Veterinary [1909] -
Year: 1909
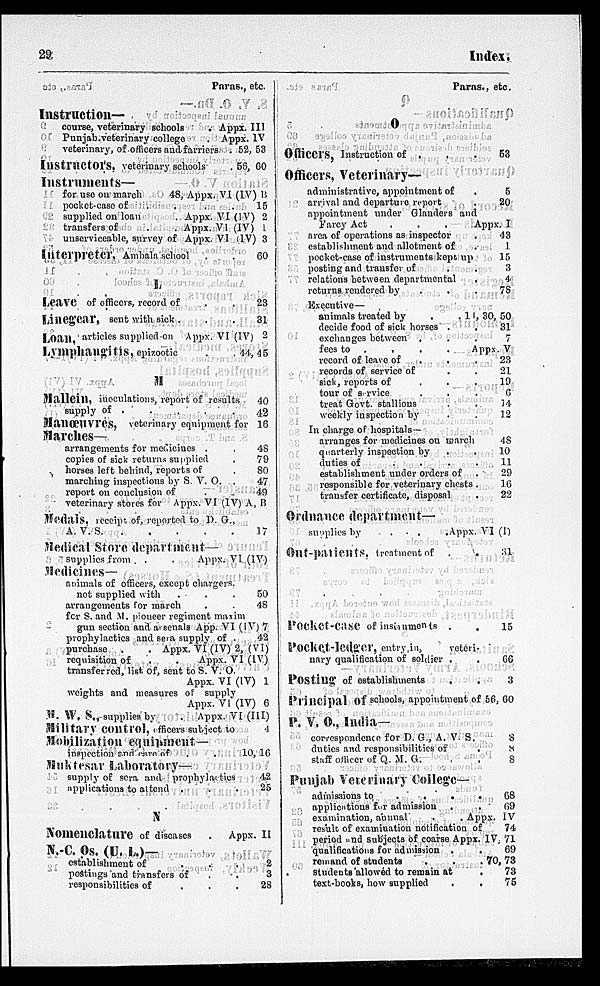
29
Index.
Paras., etc.
Instruction—
course, veterinary schools
Appx. III
Punjab,veterinary college
Appx. IV
veterinary, of officers and farriers. .
Instructions,
veterinary schools
Instruments—
for use on march
48, Appx. VI (IV) B
pocket-case of . .
supplied on loanAppx. VI (IV)
transfers ofAppx.
VI (IV)
unserviceable, survey of Appx. VI (IV)
Interpreter, Ambala school
. .
L
Lave
of officers, record of . . .
Linegear, sent with sick . . .
Loan,
articles supplied onAppx. VI (IV)
Lymphangitis, epizootic
.
.
M
Mallein, inoculations, report of results
supply of . . .
Manoeuvres, veterinary equipment for
Marches—
arrangements for medicines .
copies of sick returns supplied
horses left behind, reports of
marching inspections by S. V. O. .
report on conclusion of .
veterinary stores for Appx. VI (IV) A, B
Medals, receipt, of, reported to D. G.,
A. V. S.
Medical Store department—
supplies from . .Appx. VI (IV)
Medicines—
animals of officers, except chargers.
not supplied with . . .
arrangements for march . .
for S. and M. pioneer regiment maxim
gun section and arsenals App. VI (IV)
prophylactics and sera supply of .
purchase
.
. Appx. VI (IV) 2, (VI)
requisition of
.
.
Appx. VI (IV)
transferred, list of, sent to S. V. O.
Appx. VI(IV)
weights and measures of supply
Apx. VI (IV)
M. W. S., supplies by
.Appx.
VI (III)
Military control, officers subject to
Mobilization equipment.—
inspection and care of . .
Muktesar Laboratory—
supply of sera and prophylactics
applications to attend . . .
52, 53
56, 60
15
2
1
3
60
23
31
2
44, 45
40
42
16
48
79
80
47
49
17
50
48
7
42
1
6
4
10, 16
42
25
N
Nomenclature of diseases .Appx. II
W.-C. Os. (U. L.)—
establishment of . . .
postings and transfers of . . .
responsibilities of . . .
2
3
28
Paras., etc.
O
Officers, Instruction of . . .
Officers, Veterinary—
administrative, appointment of .
arrival and departure report .
appointment under Glanders and
Farcy Act
.
.
. Appx. I
area of operations as inspector .
establishment and allotment of .
pocket-ease of instruments kept up
posting and transfer of . .
relations between departmental .
returns rendered by . . .
Executive—
animals treated by
.
.
decide food of sick horses . .
exchanges between . . .
fees to . . . . . Appx. V
record of leave of . . .
records of service of . .
sick, reports of . . .
tour of service . . .
treat Govt. stallious . .
weekly inspection by . .
In charge of hospitals—
arranges for medicines on march
quarterly inspection by . .
duties of
.
.
.
.
establishment under orders of .
responsible for veterinary chests .
transfer certificate, disposal .
Ordnance department—
supplies by
.
.
.Appx. VI
Out-patients, treatment of
. .
Pocket-case of instruments . .
Pocket-ledger, entry,
in,
veteri-
nary qualification of soldier . .
Posting
of establishments . .
Principal of schools, appointment of
P. V. O., India—
correspondence for D. G., A. V. S.
duties and responsibilities of .
staff officer of Q. M. G. .
Punjab Veterinary College—
admissions to
.
.
.
.
applications for admission
. .
examination, annual
.
. Appx. IV
result of examination notification of
period and subjects of coarse Appx. IV
qualifications for admission . .
remand of students
.
.
.
students' allowed to remain at .
text-books, how supplied . .
53
5
20
43
1
15
3
4
78
11, 30, 50
31
7
23
21
19
6
14
12
48
10
11
29
16
22
(1)
31
15
66
3
56, 60
8
8
8
68
69
74
71
69
70, 73
73
75